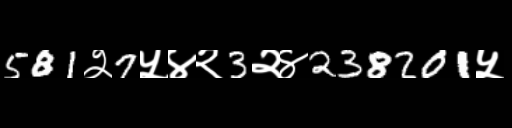
Text: 581२7५४२3२४238201५